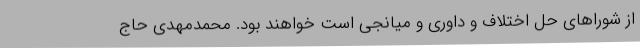
از شوراهای حل اختلاف و داوری و میانجی است خواهند بود. محمدمهدی حاج